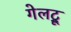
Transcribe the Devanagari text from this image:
गेलट्रू